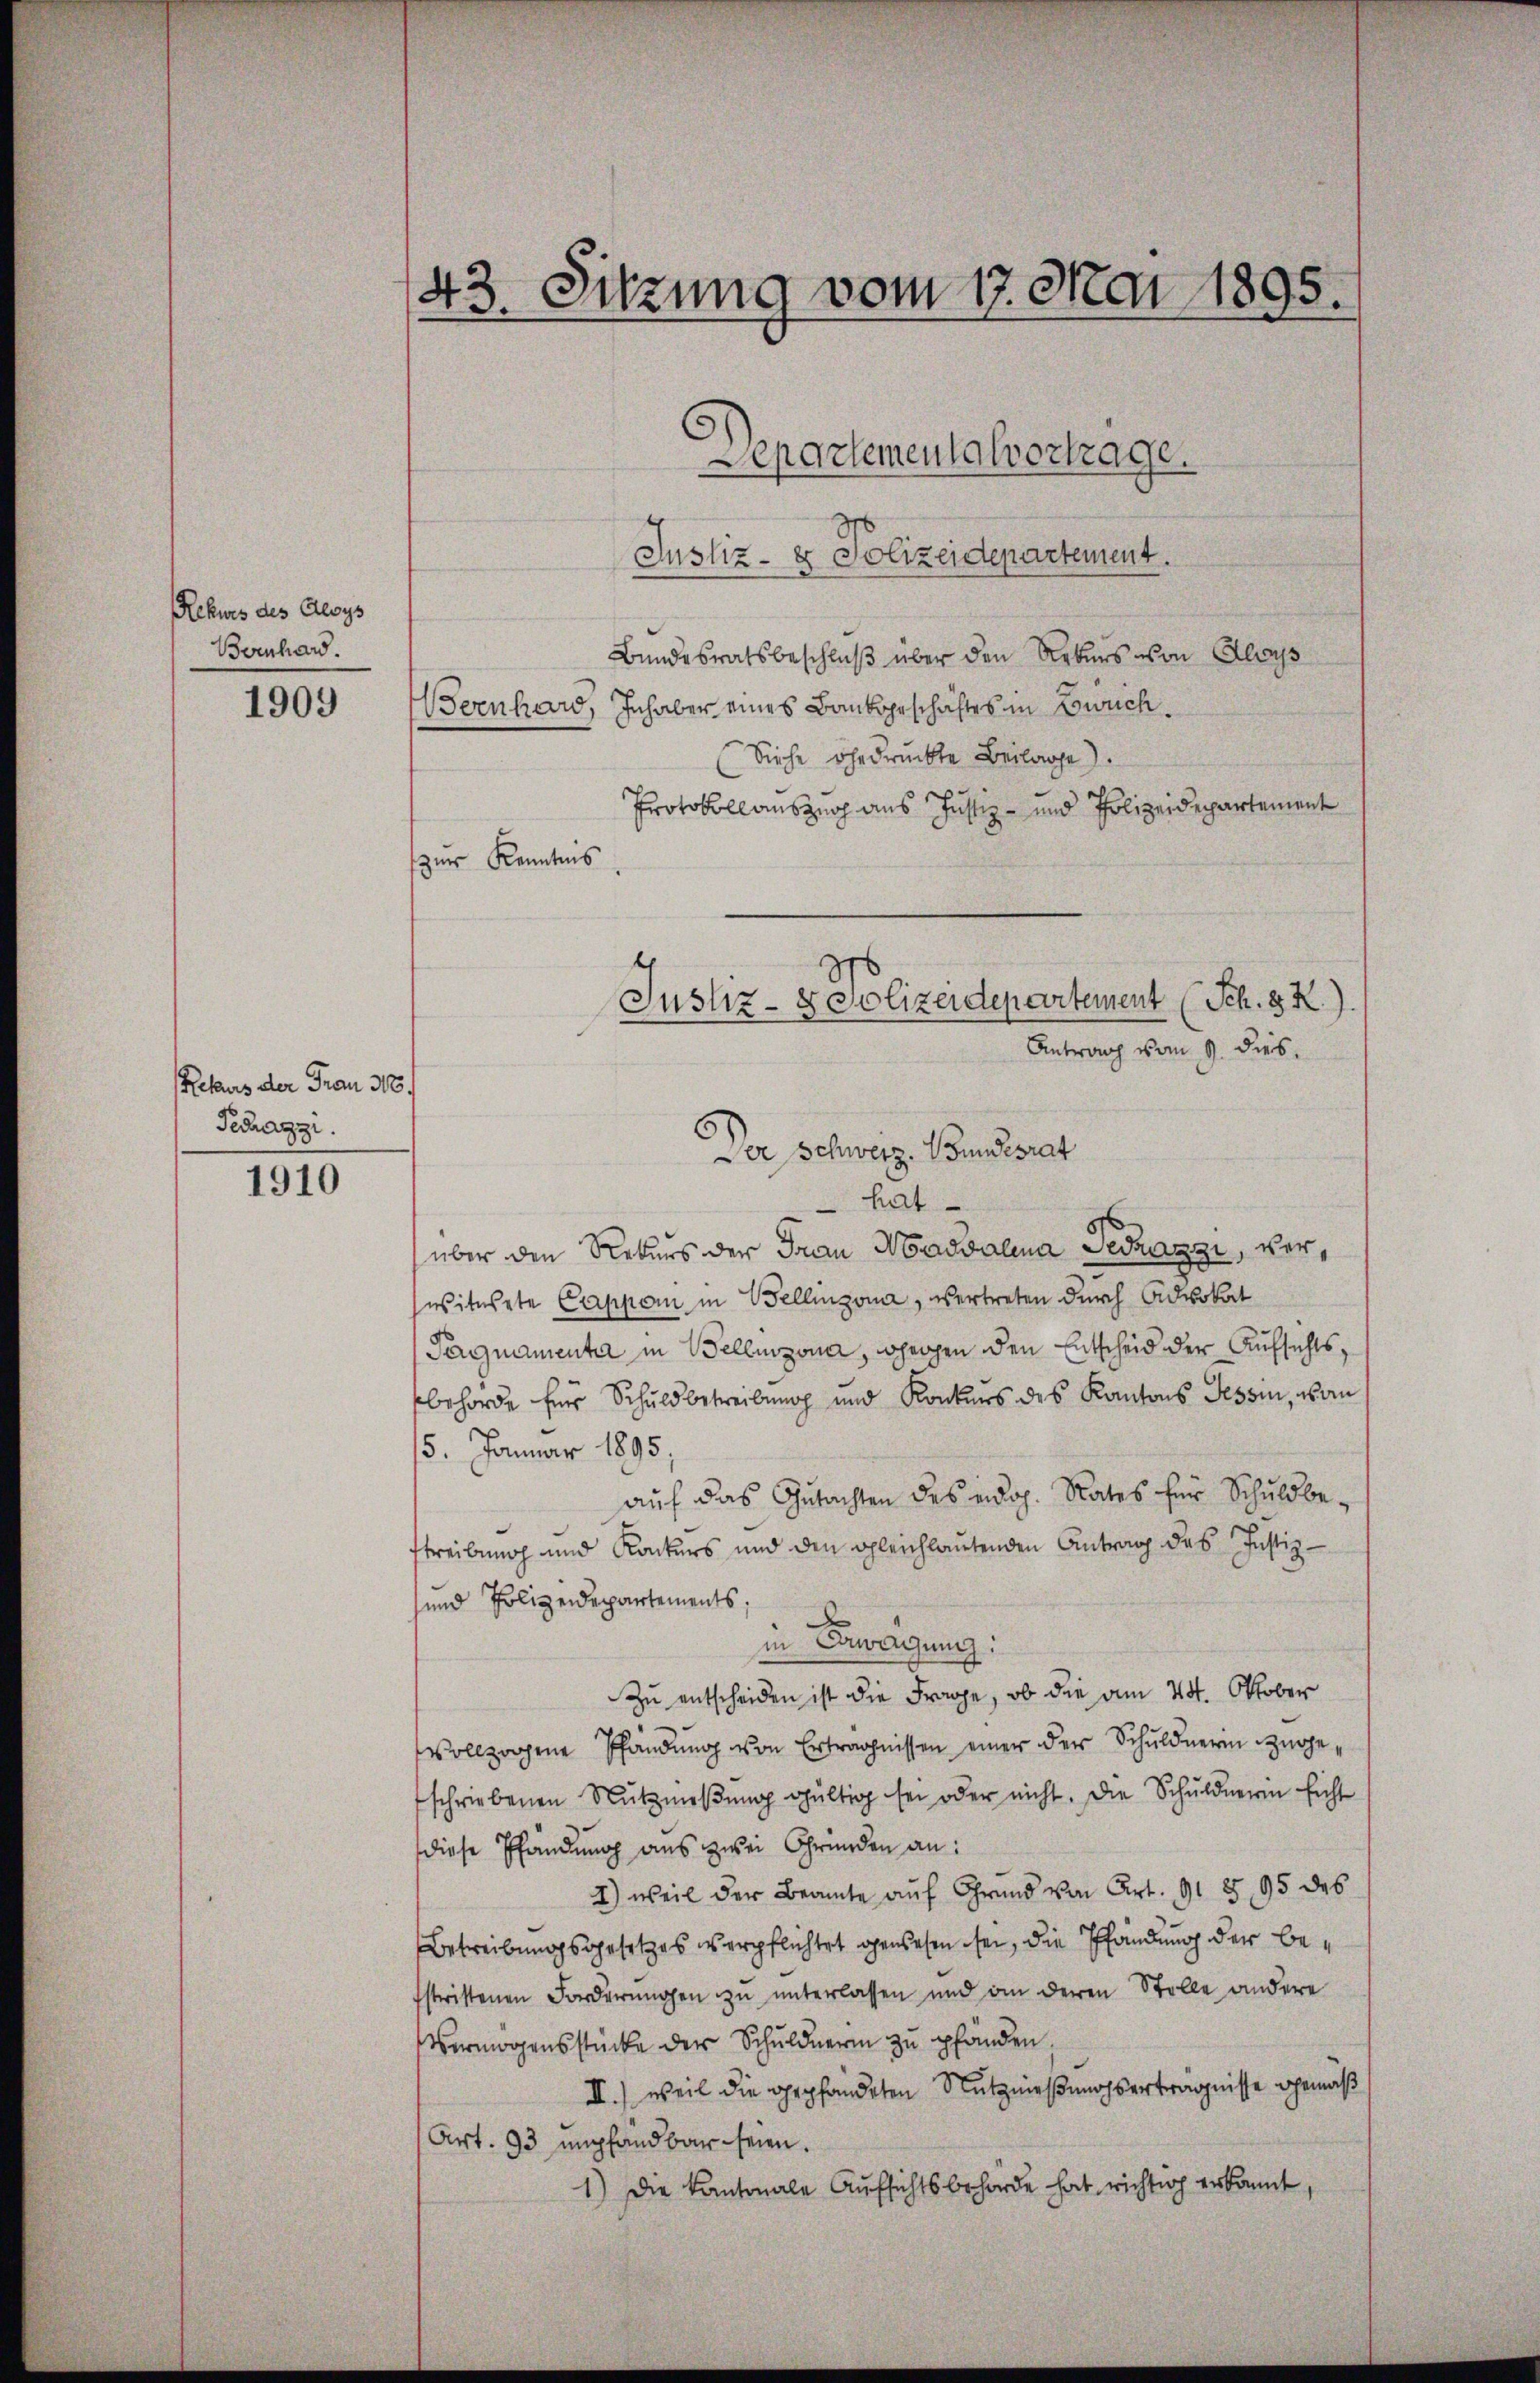
Rekurs des Aloys
Bornhard.

1909

Retaus der Frau 310.
Fecrazzi.

1910

43. Sitzung vom 17. Mai 1895.

Departementalvertage.

Justiz- & Polizeidepartement.
Bundesratsbeschluß über den Rekurs von Aloys
ernhard, Inhaber eines Bankgeschäftes in Zürich.
Siehe gedruckte Beilage).
Protokollauszug aus Justiz- und Polizeidepartement
zur Kenntnis
Dor Schweiz. Bundesrat
hat
über den Rekurs der Frau Noadvalina Secrazzi, verswittete Cappen in Bellinzona, vertreten durch Advokat
Pergnamentar in Bellinzona, hergen den Entscheid der Aufsichtsbehörde für Schuldbetreibung und Konkurs des Kantons Tessin, von
5. Januar 1895,
auf das Gutachten des eidg. Rates für Schuldbetreibung und Konkurs und den gleichlautenden Antrag des Justiz-
und Polizeidepartements,
in Erwägung:
Zu entscheiden ist die Frage, ob die am 24. Oktober
vollzogene Pfändung von Erträgnissen einer der Schuldnerin zugeschriebenen Nutznieβŭng gültig sei oder nicht. Die Schuldnerin sicht
diese Pfändung aus zwei Gründen an:
I) weil der Beamte auf Grund von Art. 91 § 95 des
Betreibungsgesetzes verpflichtet gewesen sei, die Pfändung der bestrittenen Forderungen zu unterlassen und am deren Stolle andere
Vermögensstücke der Schuldnerin zu pfänden
II.) weil die gepfändeten Nutznießungserträgnisse gemäß
Art. 93 empfandbar seien.
1) Die Kantonale Aufsichtsbehörde hat, richtig erkannt,

Justiz- & Polizeidepartement (Sch. 3 R.)
Antrag vom 9. dies.